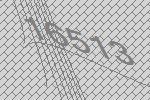
16513